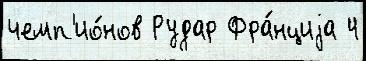
чемп'ио́нов Рудар Фра́нциjа 4